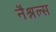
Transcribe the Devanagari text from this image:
नैश्नल्स